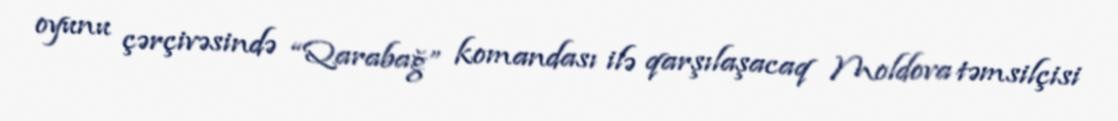
oyunu çərçivəsində “Qarabağ” komandası ilə qarşılaşacaq Moldova təmsilçisi